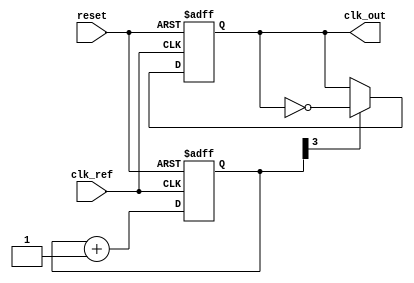
module pll_type2 (
    input wire clk_ref,          // Reference clock input
    input wire reset,            // Asynchronous reset
    output reg clk_out           // Output clock
);

// Parameters
parameter N = 4;                // Division factor for feedback
parameter K_VCO = 2;            // VCO gain (frequency change per volt)
parameter K_LF = 1;             // Loop filter gain

// Internal signals
reg [1:0] phase_error;          // Phase error output from PD
reg [7:0] loop_filter;          // Loop filter output
reg [15:0] vco_output;          // VCO frequency control voltage
reg [31:0] counter;             // Counter for VCO clock generation
reg [31:0] feedback_counter;    // Counter for feedback division

// Phase Detector (PD)
always @(posedge clk_ref or posedge reset) begin
    if (reset) begin
        phase_error <= 2'b00;   // Reset phase error
    end else begin
        // Simple phase comparison logic
        if (counter[N-1]) begin
            phase_error <= 2'b01; // Output leads reference
        end else if (feedback_counter[N-1]) begin
            phase_error <= 2'b10; // Output lags reference
        end else begin
            phase_error <= 2'b00; // In phase
        end
    end
end

// Loop Filter (LF)
always @(posedge clk_ref or posedge reset) begin
    if (reset) begin
        loop_filter <= 8'b00000000; // Reset loop filter
    end else begin
        // Simple low-pass filter
        loop_filter <= loop_filter + (K_LF * phase_error);
    end
end

// Voltage-Controlled Oscillator (VCO)
always @(posedge clk_ref or posedge reset) begin
    if (reset) begin
        vco_output <= 0;             // Reset VCO output
        counter <= 0;                // Reset VCO counter
    end else begin
        vco_output <= loop_filter * K_VCO; // Control VCO frequency
        counter <= counter + 1;      // Increment counter for VCO clock
    end
end

// Feedback Divider
always @(posedge clk_ref or posedge reset) begin
    if (reset) begin
        feedback_counter <= 0;      // Reset feedback counter
    end else begin
        feedback_counter <= feedback_counter + 1; // Increment feedback counter
        if (feedback_counter >= N) begin
            feedback_counter <= 0;  // Reset feedback counter when it reaches N
        end
    end
end

// Output clock generation
always @(posedge clk_ref or posedge reset) begin
    if (reset) begin
        clk_out <= 0;               // Reset output clock
    end else begin
        if (counter[N-1]) begin
            clk_out <= ~clk_out;    // Toggle output clock based on counter
        end
    end
end

endmodule